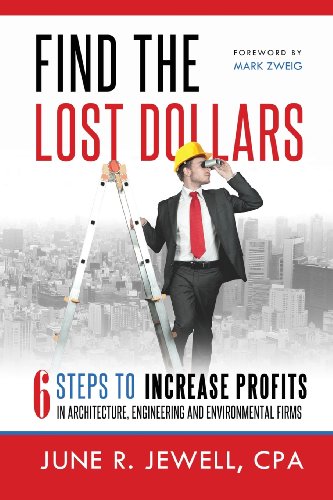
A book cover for Find the Lost Dollars; June R. Jewell; Arts & Photography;